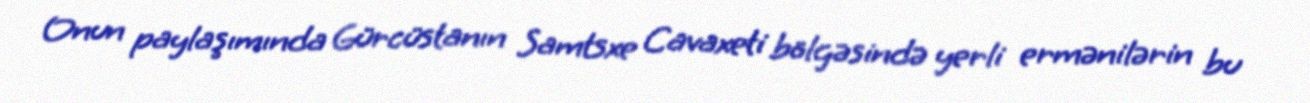
Onun paylaşımında Gürcüstanın Samtsxe Cavaxeti bölgəsində yerli ermənilərin bu